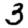
Digit: 3